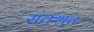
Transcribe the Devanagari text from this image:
सक्भव